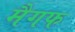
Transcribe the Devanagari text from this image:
मैगफ